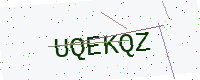
Text: UQEKQZ